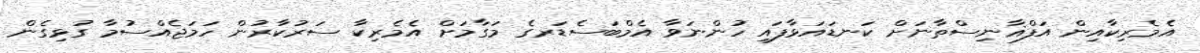
އެމެރިކާއިން އަފްޣާނިސްތާނަށް ކަނޑައަޅާފައި ހުންނަވާ އެމްބަސެޑަރގެ މަގާމަށް އެމެރިކާ ސަރުކާރުން ހަމަޖެއްސުމާ ގުޅިގެން